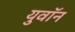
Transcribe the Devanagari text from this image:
युवॉन